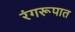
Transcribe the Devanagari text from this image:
रंगरूपात